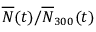
\overline { { N } } ( t ) / \overline { { N } } _ { 3 0 0 } ( t )